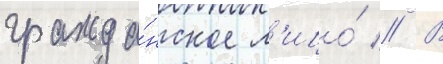
гражда́нское л'ицо́ // В